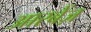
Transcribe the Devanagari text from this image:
आरबेंज़